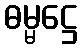
ဓမ္မဋ္ဌေ